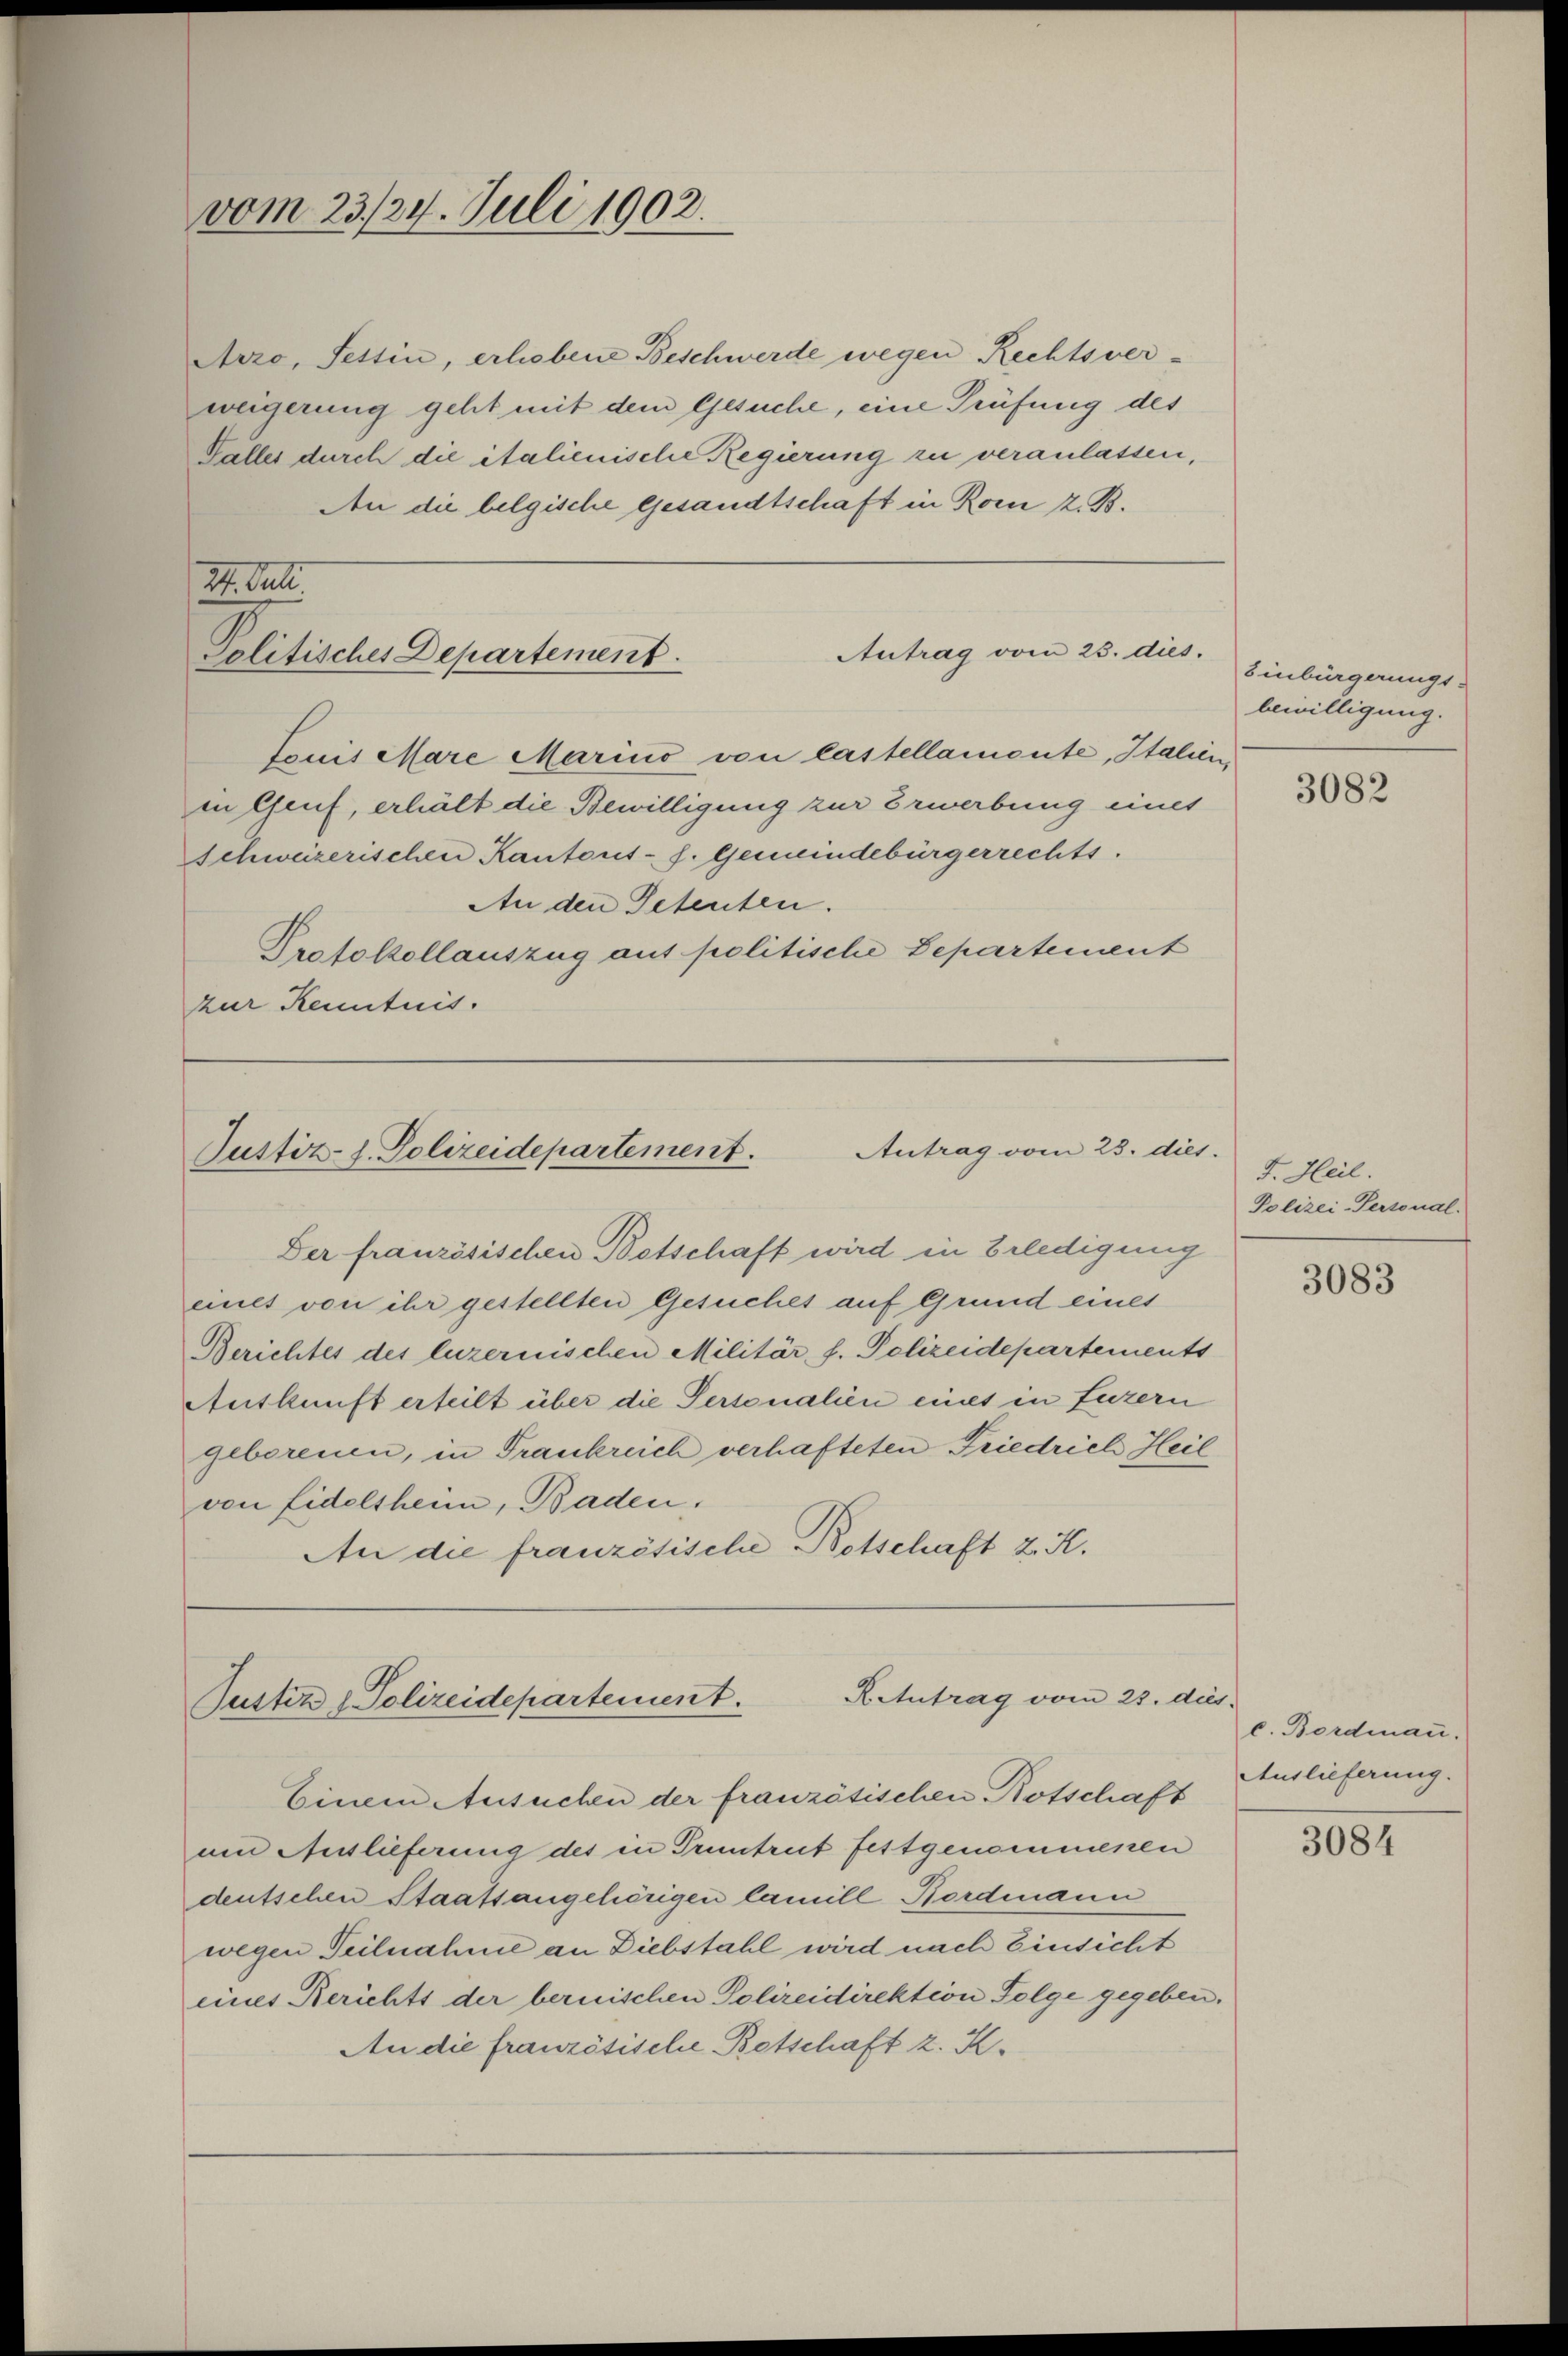
24. Juli
Antrag vom 23. dies.
Politisches Departement.
Louis Mare Marino von lastellamonte, Italien

vom 23./24. Juli 1902.

Arzo, Fettin, erhobene Beschwerde wegen Rechtsver-
weigerung geht mit dem Gesuche, eine Prüfung des
Valles durch die italienische Regierung zu veranlassen,
An die belgische Gesandtschaft in Rom z. B.

in Genf, erhält die Bewilligung zur Erwerbung eines
Schweizerischen Kantons- s. Gemeindebürgerrechts.
An den Petenten.
Protokollauszug aus politische Departement
zur Kenntnis.

Der französischen Betschaft wird in Erledigung
eines von ihr gestellten Gesuches auf Grund eines
Berichtes des luzernischen Militär, s. Polizeidepartements
Auskunft erteilt über die Personalien eines in Luzern
geborenen, in Frankreich verhafteten Friedrich Heil
von Eidelsheim, Baden.
An die französische Botschaft 2. K.

Antrag vom 23. dies
Justiz z. Polizeidepartement.

K.Antrag vom 23. dies
Justiz Polizeidepartement.
Einem Ansuchen der französischen Botschaft

Einbürgerungs-
bewilligung.

um Auslieferung des in Truntrut festgenommenen
deutschen Staatsangehörigen Camill Bordmann
wegen Teilnahme an Diebstahl wird nach Einsicht
eines Berichts der bernischen Polizeidirektion Folge gegeben.
An die französische Betschaft z. K.

3082

F. Heil.
Polizei-Personal.

3083

c. Bordmann.
Auslieferung.

3084